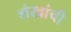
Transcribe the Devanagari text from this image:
शंखांची